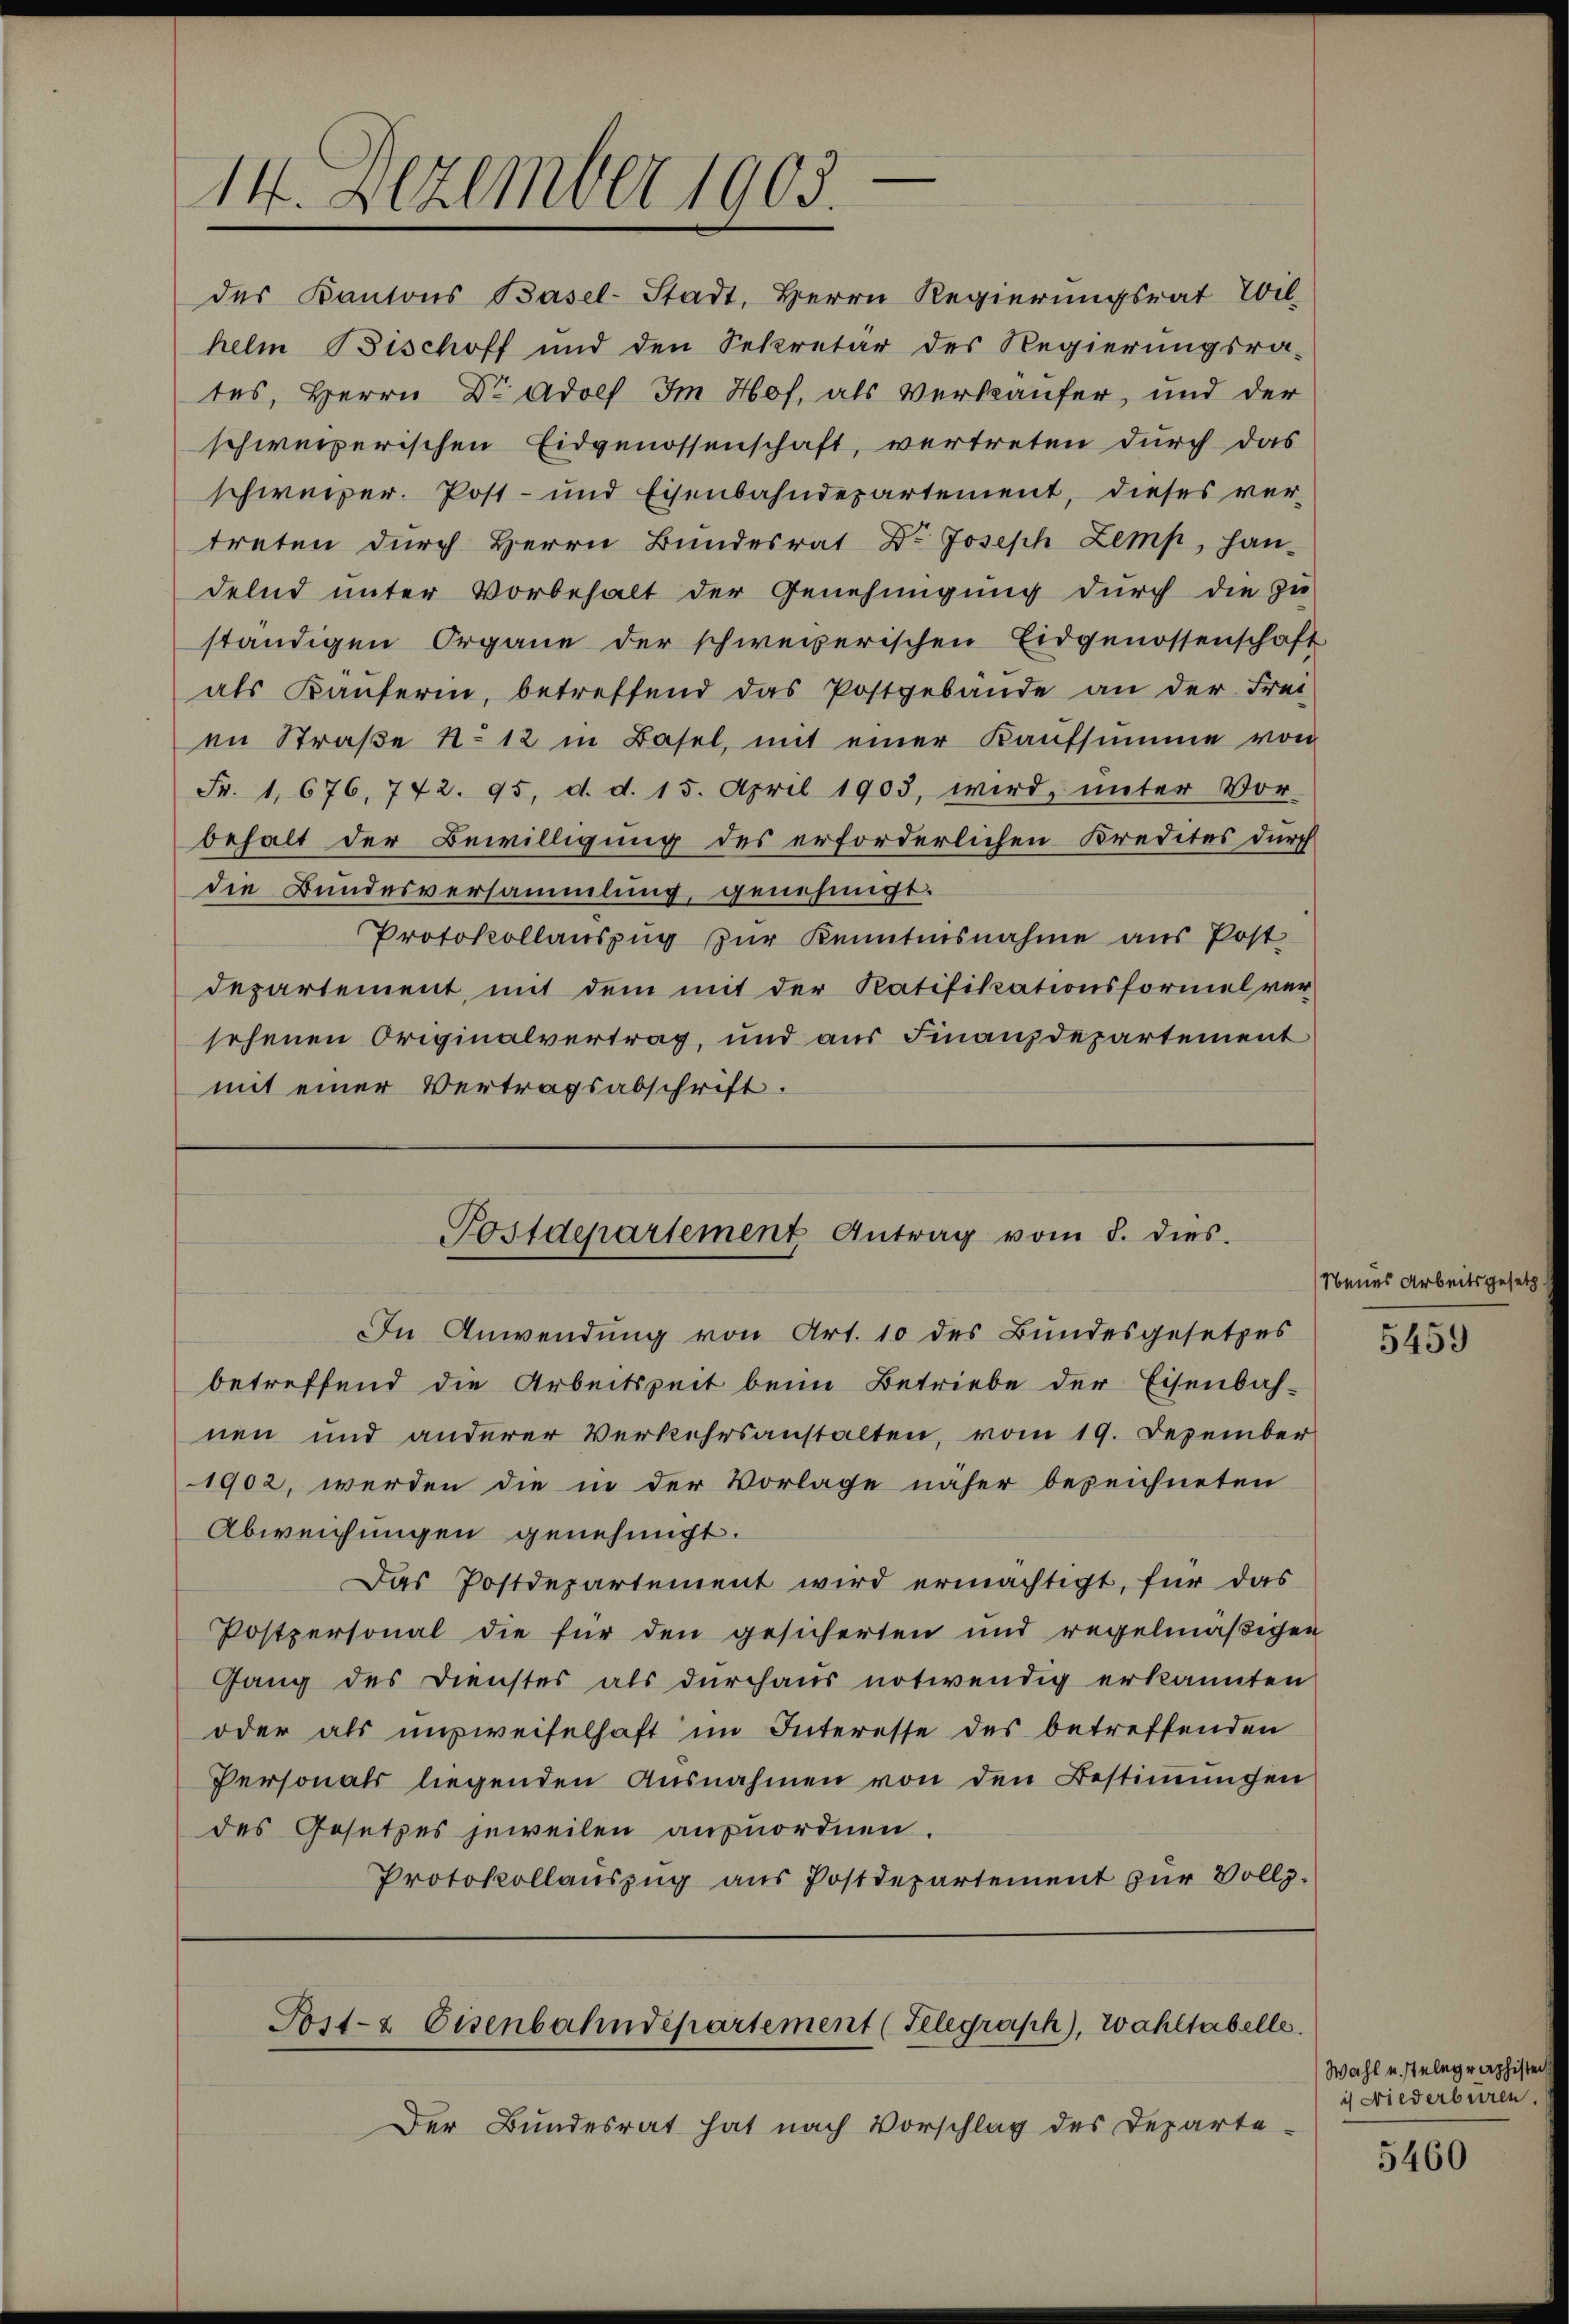
14. Dezember 1903.

en Straße No 12 in Basel, mit einer Kaufsumme von
Fr. 1, 676, 772. 95. d. d. 15. April 1903, wird, unter Vor-
behalt der Bewilligung des erforderlichen Kredites durch
die Bundesversammlung, genehmigt.
Protokollauszug zŭr Kenntnisnahme aus Post
departement, mit dem mit der Ratifikationsformel ver-
sehenen Originalvertrag, und aus Finanzdepartement
mit einer Vertragsabschrift.

des Kantons Basel-Stadt, Herrn Regierungsrat Wil-
helm Bischoff und den Sekretär des Regierungsra-
tes, Herrn Dr Adolf Im Hof, als Verkäufer, und der
schweizerischen Eidgenossenschaft, vertreten durch das
schweizer. Post- und Eisenbahndepartement, dieses ver-
treten durch Herrn Bundesrat Dr. Joseph Zemp, Han-
delnd unter Vorbehalt der Genehmigung durch die zu
ständigen Organe der schweizerischen Eidgenossenschaft
als Käŭferin, betreffend das Postgebäude an der Frei-

Postdepartement Antrag vom 8. dies

Der Bundesrat hat nach Vorschlag des Departe-

In Anwendung von Art. 10 des Bundesgesetzes
betreffend die Arbeitszeit beim Betriebe der Eisenbah-
nen und anderer Verkehrsanstalten, vom 19. Dezember
1902, werden die in der Vorlage näher bezeichneten
Abweichungen genehmigt.
Das Postdepartement wird ermächtigt, für das
Postpersonal die für den gesicherten und regelmäβigen
Gang des Dienstes als durchaus notwendig erkannten
oder als ausweiselhaft im Interesse des betreffenden
Personals liegenden Ausnahmen von den Bestimmungen
des Gesetzes jeweilen anzuordnen.
Protokollauszug aus Postdepartement zur Vollz

Post- & Eisenbahndepartement (Telegraph), Wahltabelle.

Neues Arbeitsgesetz

5459

Wahl u. Telegraphister
is wiederburen.

5460